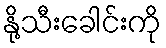
နို့သီးခေါင်းကို